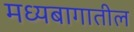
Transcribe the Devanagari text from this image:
मध्यबागातील